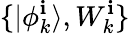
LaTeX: \{ |\phi_{k}^{\mathbf{i}}\rangle,W_{k}^{\mathbf{i}}\}